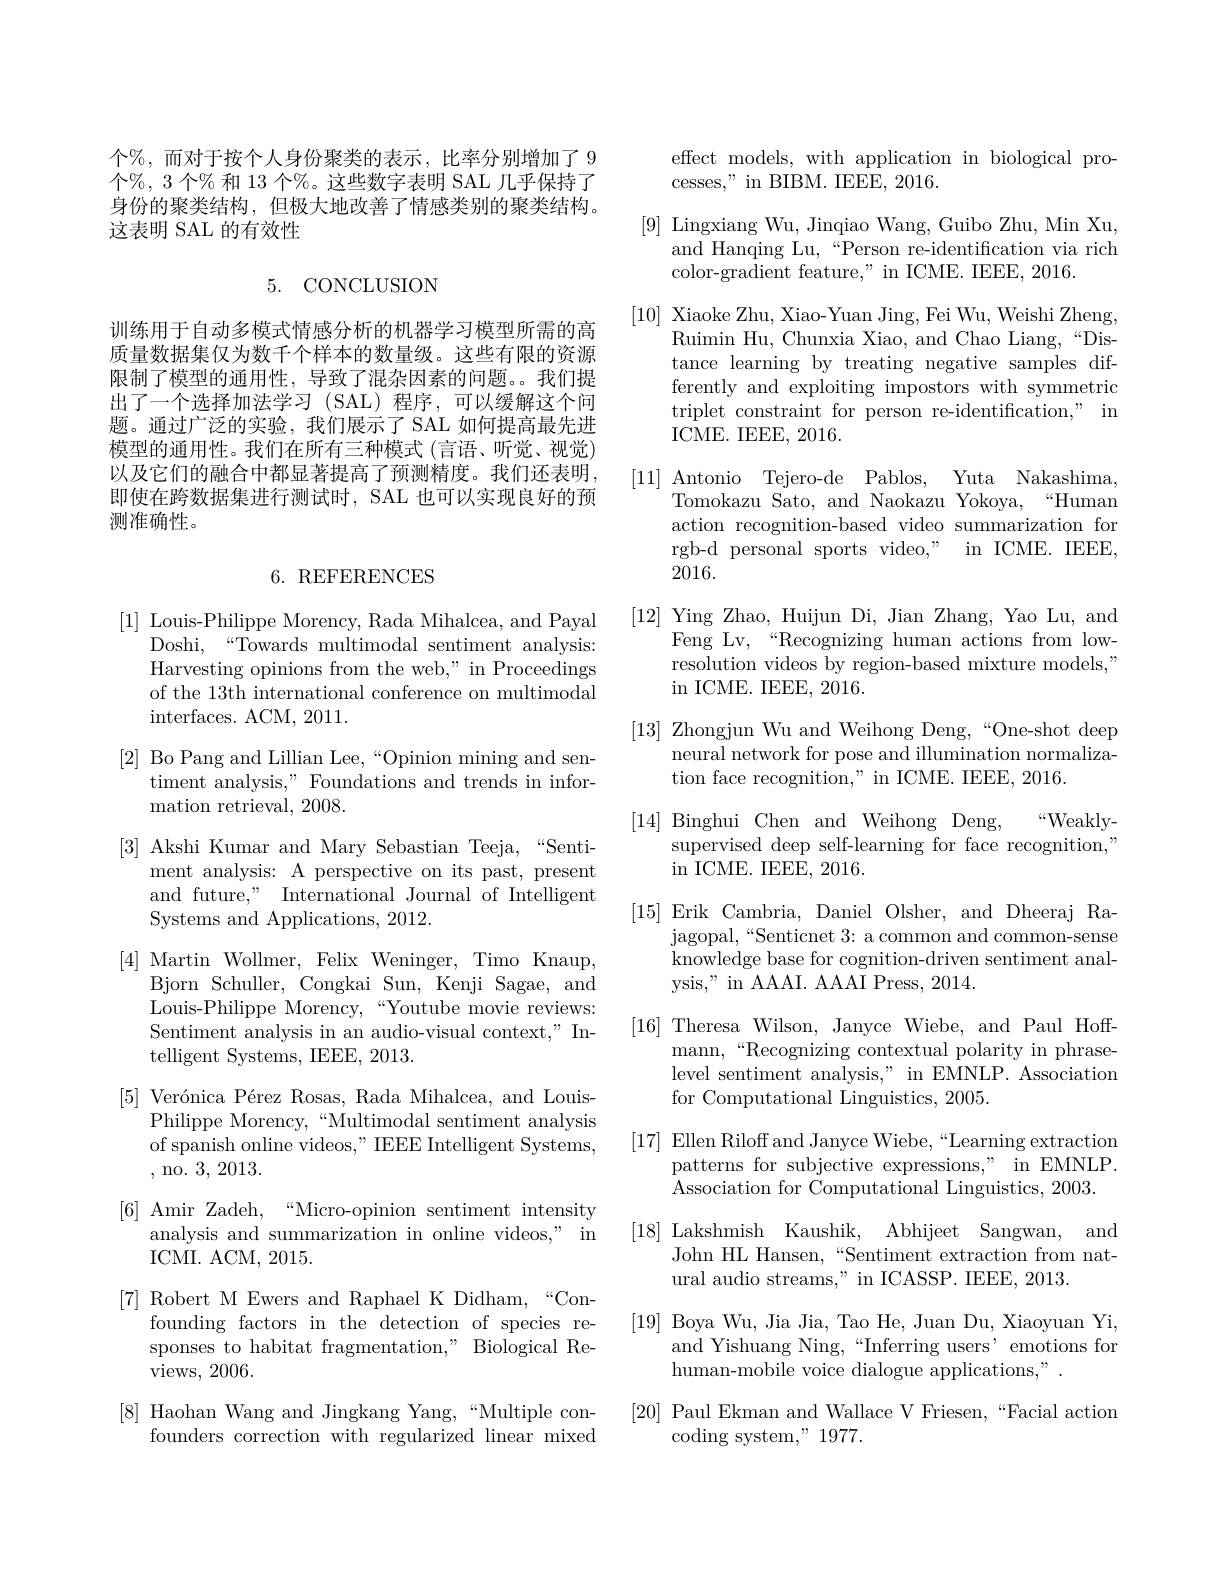
个%,而对于按个人身份聚类的表示，比率分别增加了 9个%, 3 个% 和 13 个%。这些数字表明 SAL 几乎保持了身份的聚类结构，但极大地改善了情感类别的聚类结构。这表明 SAL 的有效性

5. CONCLUSION

训练用于自动多模式情感分析的机器学习模型所需的高质量数据集仅为数千个样本的数量级。这些有限的资源限制了模型的通用性，导致了混杂因素的问题。我们提出了一个选择加法学习(SAL)程序，可以缓解这个问题。通过广泛的实验，我们展示了 SAL 如何提高最先进模型的通用性。我们在所有三种模式(言语、听觉、视觉， 以及它们的融合中都显著提高了预测精度。我们还表明， 即使在跨数据集进行测试时，SAL 也可以实现良好的预测准确性。

### $6.{\mathrm{REFERENCES}}$

[1] Louis-Philippe Morency, Rada Mihalcea, and Payal
Doshi,“Towards multimodal sentiment analysis: Harvesting opinions from the web," in Proceedings of the 13th international conference on multimodal ${\mathrm{interfaces.~ACM,~2011.}}$
[2] Bo Pang and Lillian Lee,“Opinion mining and sen-
timent analysis," Foundations and trends in infor-
${\mathrm{mation~retrieval,~2008.}}$
[3] Akshi Kumar and Mary Sebastian Teeja,“Senti-
ment analysis: A perspective on its past, present and future," International Journal of Intelligent Systems and Applications, 2012.
[4]Martin Wollmer, Felix Weninger, Timo Knaup,
Bjorn Schuller, Congkai Sun, Kenji Sagae, and Louis-Philippe Morency,“Youtube movie reviews: Sentiment analysis in an audio-visual context," Intelligent Systems, IEEE, 2013.
[5] Verónica Pérez Rosas, Rada Mihalcea, and Louis-
Philippe Morency,“Multimodal sentiment analysis of spanish online videos," IEEE Intelligent Systems, , no.3, 2013.
[6] Amir Zadeh,“Micro-opinion sentiment intensity
analysis and summarization in online videos," in
ICMI. ACM, 2015.
[7] Robert M Ewers and Raphael K Didham,“Con-
founding factors in the detection of species responses to habitat fragmentation," Biological Reviews, 2006.
[8] Haohan Wang and Jingkang Yang,“Multiple con-
founders correction with regularized linear mixed

effect models, with application in biological pro-
cesses," in BIBM. IEEE, 2016.
[9] Lingxiang Wu, Jinqiao Wang, Guibo Zhu, Min Xu,
and Hanqing Lu,“Person re-identification via rich
color-gradient feature," in ICME. IEEE, 2016.
[10] Xiaoke Zhu, Xiao-Yuan Jing, Fei Wu, Weishi Zheng,
Ruimin Hu, Chunxia Xiao, and Chao Liang,“Distance learning by treating negative samples differently and exploiting impostors with symmetric triplet constraint for person re-identification," in ICME. IEEEE, 2016.
[11] Antonio Tejero-de Pablos, Yuta Nakashima,
Tomokazu Sato, and Naokazu Yokoya,“Human action recognition-based video summarization for rgb-d personal sports video," in ICME. IEEE, 2016.
[12] Ying Zhao, Huijun Di, Jian Zhang, Yao Lu, and
Feng Lv,“Recognizing human actions from lowresolution videos by region-based mixture models," $\operatorname{in}{\mathrm{~ICME.~IEEE,~2016.}}$
[13] Zhongjun Wu and Weihong Deng,“One-shot deep
neural network for pose and illumination normaliza-
tion face recognition," in ICME. IEEE, 2016.
$“$Weakly-
[14] Binghui Chen and Weihong Deng,
supervised deep self-learning for face recognition,"
in ICME. IEEE, 2016.
[15] Erik Cambria, Daniel Olsher, and Dheeraj Ra-
${\mathrm{jagopal,~“Senticnet~3:~a~common~and~common-sense}}$ knowledge base for cognition-driven sentiment analysis," in AAAI. AAAI Press, 2014.
[16] Theresa Wilson, Janyce Wiebe, and Paul Hoff-
mann,“Recognizing contextual polarity in phraselevel sentiment analysis," in EMNLP. Association for Computational Linguistics, 2005.
[17] Ellen Riloff and Janyce Wiebe,“Learning extraction
patterns for subjective expressions," in EMNLP.
Association for Computational Linguistics, 2003.
[18] Lakshmish Kaushik, Abhijeet Sangwan, and
John HL Hansen,“Sentiment extraction from nat-
ural audio streams," in ICASSP. IEEE, 2013.
[19] Boya Wu, Jia Jia, Tao He, Juan Du, Xiaoyuan Yi,
and Yishuang Ning,“Inferring users’emotions for
human-mobile voice dialogue applications,"
[20] Paul Ekman and Wallace V Friesen,“Facial action
coding system," 1977.